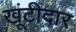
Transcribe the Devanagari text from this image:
खूंटीदार